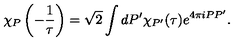
\chi _ { P } \left( - \frac { 1 } { \tau } \right) = \sqrt { 2 } \int d P ^ { \prime } \chi _ { P ^ { \prime } } ( \tau ) e ^ { 4 \pi i P P ^ { \prime } } .